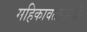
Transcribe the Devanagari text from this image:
महिकावतीनगरी